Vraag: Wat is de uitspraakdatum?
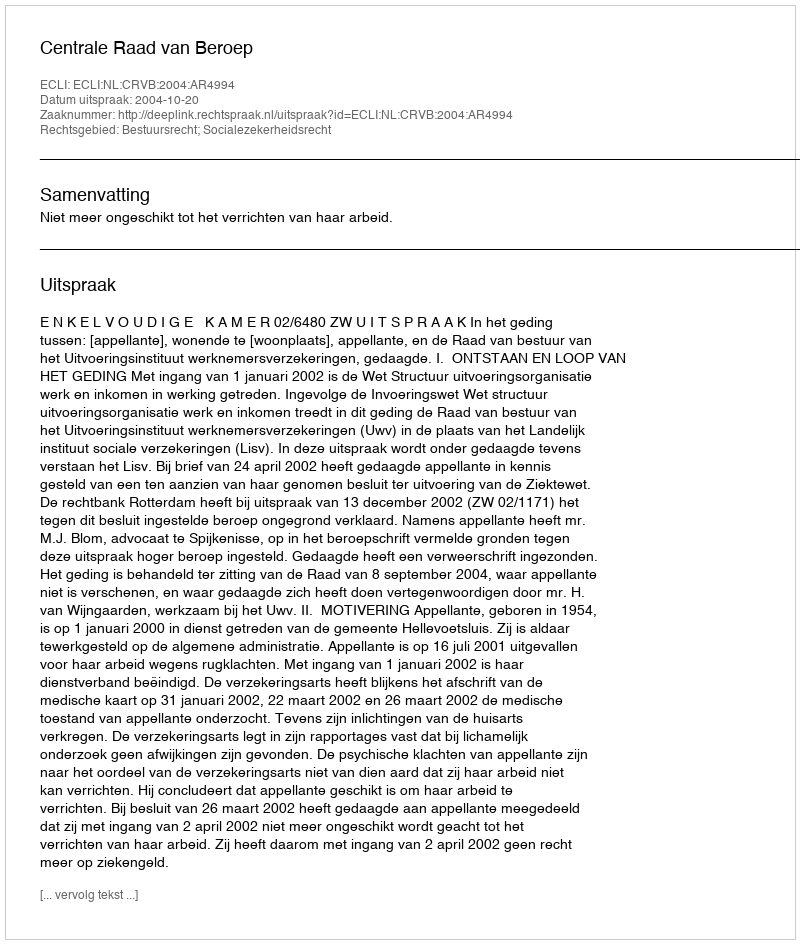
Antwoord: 2004-10-20